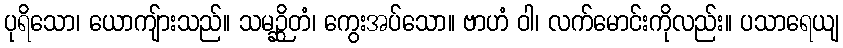
ပုရိသော၊ ယောကျ်ားသည်။ သမဉ္ဆိတံ၊ ကွေးအပ်သော။ ဗာဟံ ဝါ၊ လက်မောင်းကိုလည်း။ ပသာရေယျ